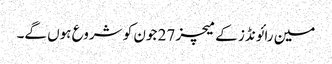
مین رائونڈز کے میچز 27 جون کو شروع ہوں گے۔